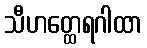
သီဟတ္ထေရဂါထာ